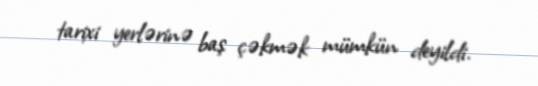
tarixi yerlərinə baş çəkmək mümkün deyildi.